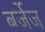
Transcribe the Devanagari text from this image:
बर्जेज